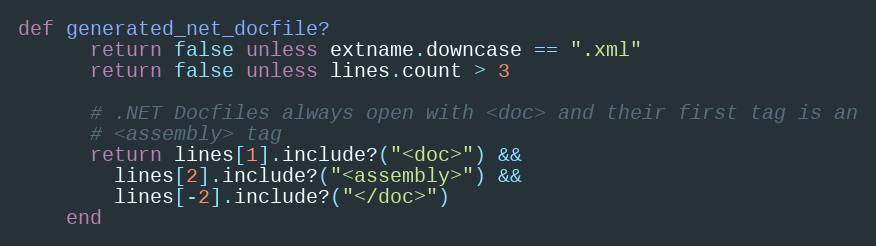
Language: Ruby
def generated_net_docfile?
      return false unless extname.downcase == ".xml"
      return false unless lines.count > 3

      # .NET Docfiles always open with <doc> and their first tag is an
      # <assembly> tag
      return lines[1].include?("<doc>") &&
        lines[2].include?("<assembly>") &&
        lines[-2].include?("</doc>")
    end